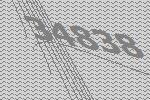
34838